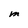
Character: M